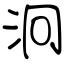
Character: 泂